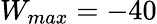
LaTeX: W_{max}=-40